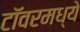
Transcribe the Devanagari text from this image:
टॉवरमध्ये